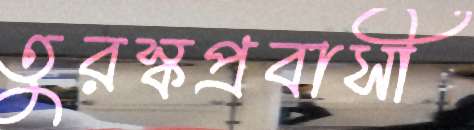
তুরস্কপ্রবাসী